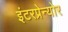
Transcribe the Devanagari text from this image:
इंटरप्रेन्योर